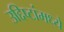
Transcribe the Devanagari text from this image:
उद्दिष्टांमध्ये